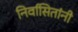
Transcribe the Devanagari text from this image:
निर्वासितांनी